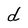
Character: d